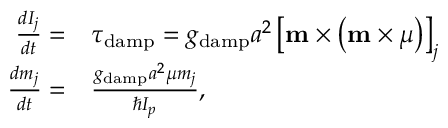
\begin{array} { r l } { \frac { d I _ { j } } { d t } = } & { \tau _ { \mathrm { d a m p } } = g _ { \mathrm { d a m p } } a ^ { 2 } \left[ \mathbf { m } \times \left( \mathbf { m } \times \boldsymbol { \mu } \right) \right] _ { j } } \\ { \frac { d m _ { j } } { d t } = } & { \frac { g _ { \mathrm { d a m p } } a ^ { 2 } \mu m _ { j } } { \hbar I _ { p } } , } \end{array}